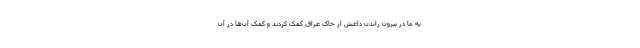
به ما در بیرون راندن داعش از خاک عراق کمک کردند و کمک آن‌ها در آن